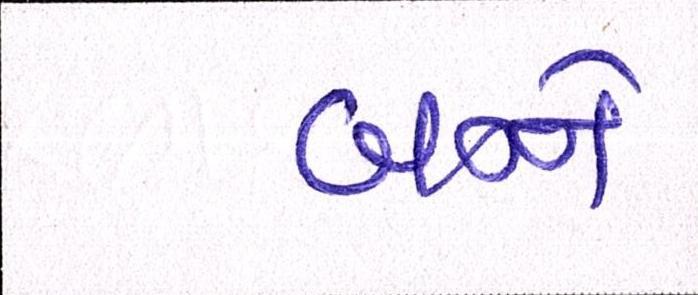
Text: બન્ને